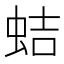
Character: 蛣